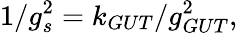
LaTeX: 1/g_{s}^{2}=k_{GUT}/g_{GUT}^{2},